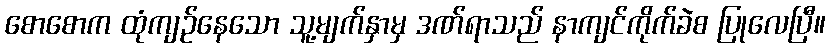
စောစောက ထုံကျဉ်နေသော သူ့မျက်နှာမှ ဒဏ်ရာသည် နာကျင်ကိုက်ခဲစ ပြုလေပြီ။